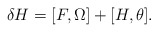
\begin{align*}\delta H=[F,\Omega ]+[H,\theta ]. \end{align*}